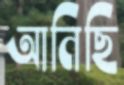
আনিছি